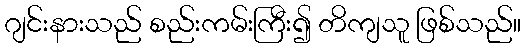
ဂျင်းနားသည် စည်းကမ်းကြီး၍ တိကျသူ ဖြစ်သည်။